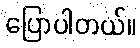
ပြောပါတယ်။